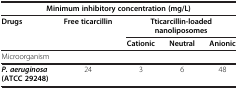
<table><thead><tr><td colspan="5"><b>Minimum inhibitory concentration (mg/L)</b></td></tr><tr><td><b>Drugs</b></td><td><b>Free ticarcillin</b></td><td colspan="3"><b>Tticarcillin-loaded nanoliposomes</b></td></tr><tr><td><b> </b></td><td><b> </b></td><td><b>Cationic</b></td><td><b>Neutral</b></td><td><b>Anionic</b></td></tr></thead><tbody><tr><td>Microorganism</td><td> </td><td> </td><td> </td><td> </td></tr><tr><td><b><i>P. aeruginosa </i></b><b>(ATCC 29248)</b></td><td>24</td><td>3</td><td>6</td><td>48</td></tr></tbody></table>